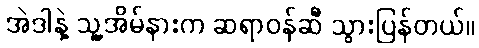
အဲဒါနဲ့ သူ့အိမ်နားက ဆရာဝန်ဆီ သွားပြန်တယ်။